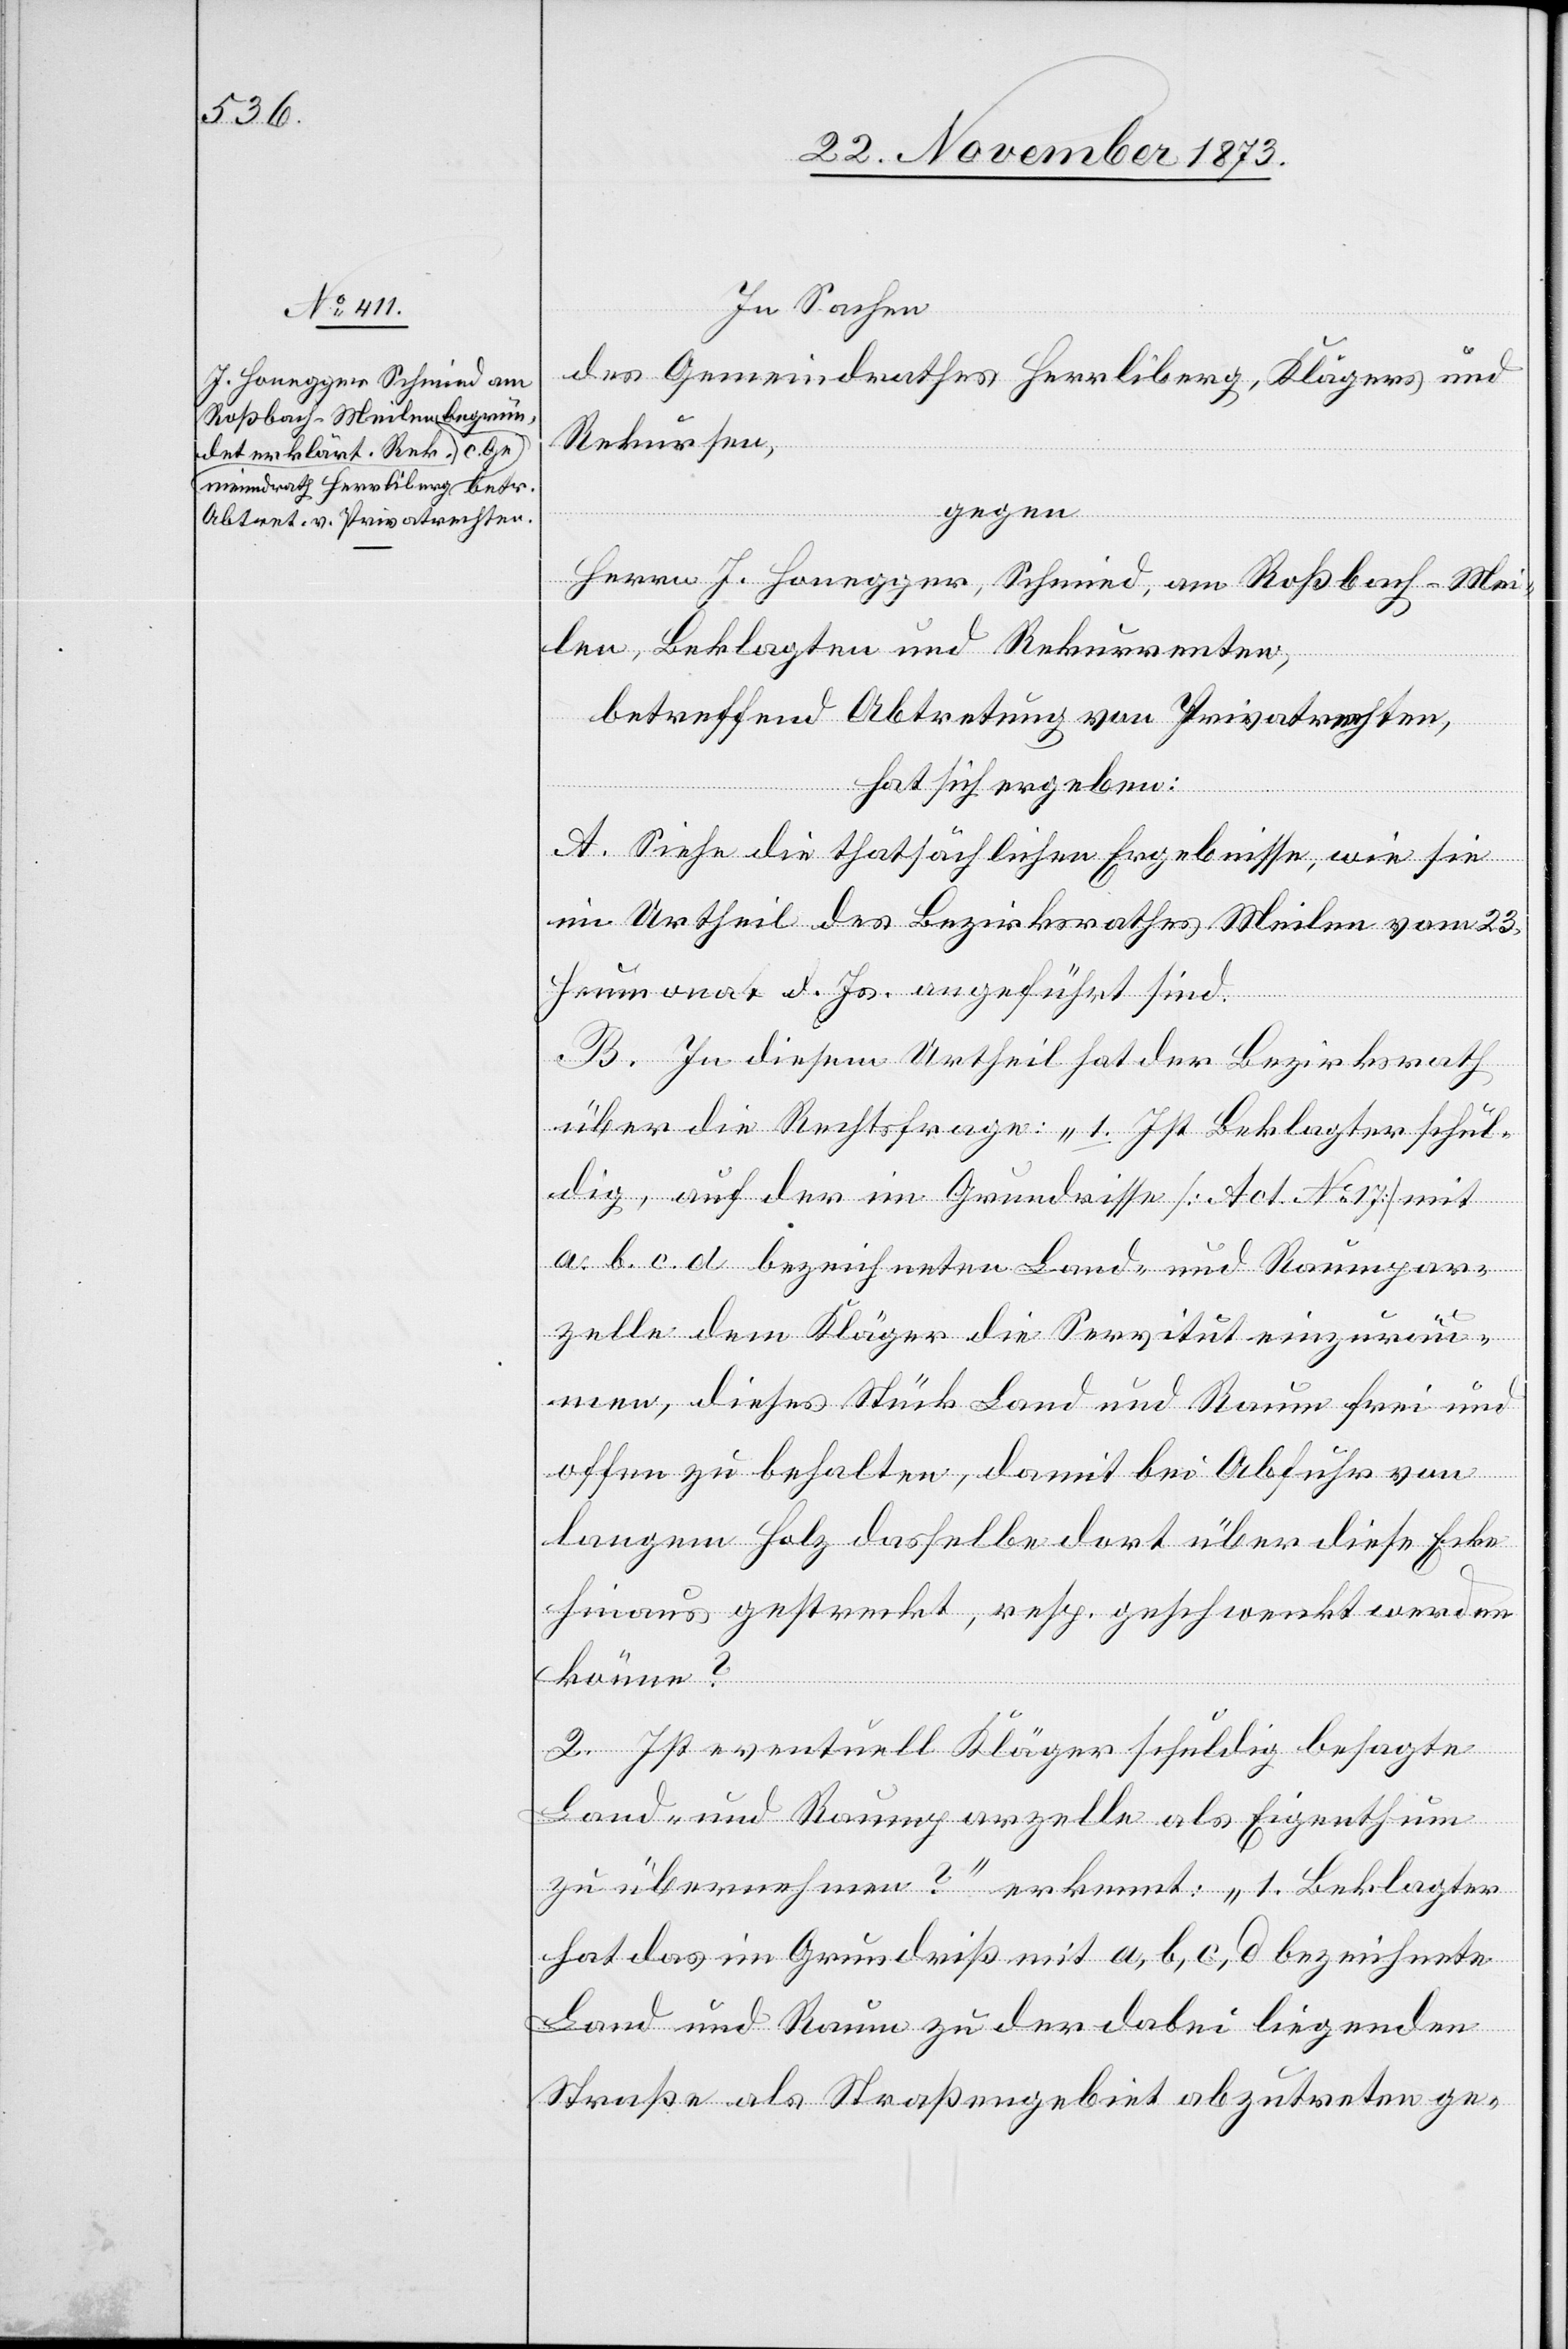
In Sachen
des Gemeindrathes Herrliberg, Klägers und
Rekursen,
gegen
Herrn J. Honegger, Schmied, am Roßbach - Mei¬
len, Beklagten und Rekurrenten,
betreffend Abtretung von Privatrechten,
hat sich ergeben:
A. Siehe die thatsächlichen Ergebnisse, wie sie
im Urtheil des Bezirksrathes Meilen vom 23.
Heumonat d. Js. angeführt sind.
B. In diesem Urtheil hat der Bezirksrath
über die Rechtsfrage: „1. Ist Beklagter schul¬
dig, auf der im Grundrisse [Act. No 17] mit
a. b. c. d bezeichneten Land- und Raumpar¬
zelle dem Kläger die Servitut einzuräu¬
men, dieses Stück Land und Raum frei und
offen zu behalten, damit bei Abfuhr von
langem Holz dasselbe dort über diese Ecke
hinaus gestreckt, resp. geschwenkt werden
könne?
2. Ist eventuell Kläger schuldig besagte
Land- und Raumparzelle als Eigenthum
zu übernehmen?“ erkennt: „1. Beklagter
hat das im Grundriß mit a, b, c, d bezeichnete
Land und Raum zu der dabei liegenden
Straße als Straßengebiet abzutreten ge-